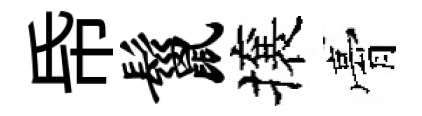
帋鬣攘膏